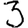
Digit: 3